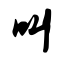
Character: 叫